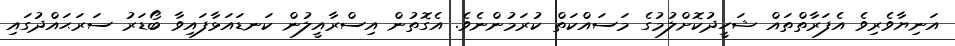
އަނިޔާވެރިވެ އެފަރާތްތައް ޝަހީދުކޮށްލުމުގެ މަސައްކަތް ކުރަމުންނެވެ. އެގޮތުން އިސްރާއީލުން ކަނޑައަޅާފައިވާ ބޯޑަރު ސަރަޙައްދުގައި